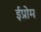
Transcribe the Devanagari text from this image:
ईप्रोम